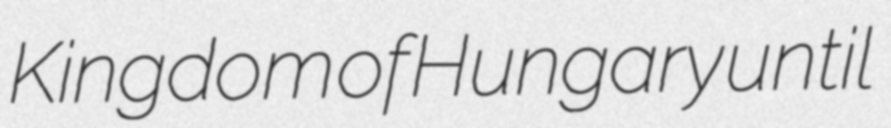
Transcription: Kingdom of Hungary until